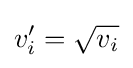
v_{i}'={\textstyle {\sqrt {v_{i}{\vphantom {t}}}}}